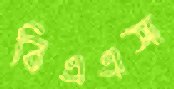
বিএএস